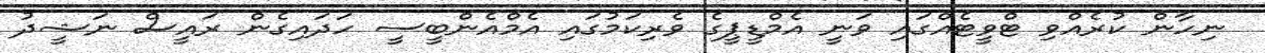
ނިހާން ކުރެއްވި ޓްވީޓެއްގައި ވަނީ އެމްޑީޕީގެ ވެރިކަމުގައި އެމްއެންބީސީ ހަދައިގެން ރައީސް ނަޝީދު